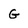
Character: G